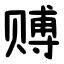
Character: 赙